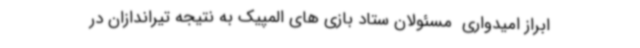
ابراز امیدواری  مسئولان ستاد بازی های المپیک به نتیجه تیراندازان در